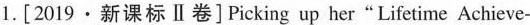
1.[ 2019·新课标Ⅱ卷]Picking up her"Lifetime Achieve-